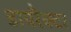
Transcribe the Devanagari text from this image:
डायरैक्टर